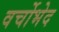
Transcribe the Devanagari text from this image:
वर्चोभेद